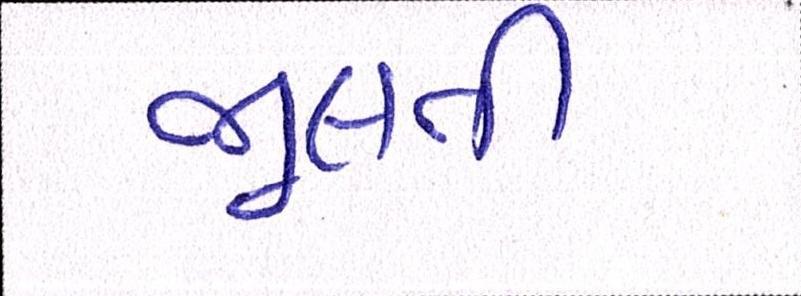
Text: ભૂલતી